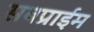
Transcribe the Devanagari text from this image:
सबप्राईम